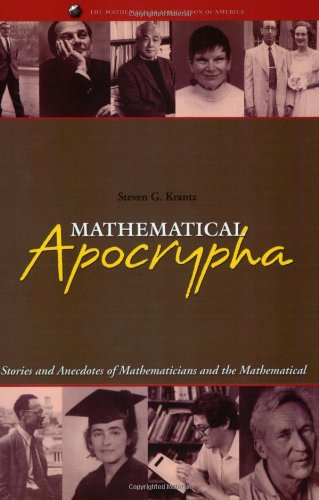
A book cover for Mathematical Apocrypha: Stories and Anecdotes of Mathematicians and the Mathematical (Spectrum); Steven G. Krantz; Science & Math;